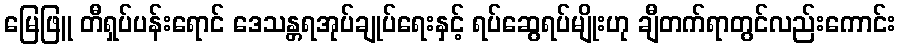
မြေဖြူ တီရှပ်ပန်းရောင် ဒေသန္တရအုပ်ချုပ်ရေးနှင့် ရပ်ဆွေရပ်မျိုးဟု ချီတက်ရာတွင်လည်းကောင်း